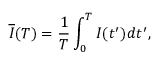
\overline { { I } } ( T ) = \frac { 1 } { T } \int _ { 0 } ^ { T } I ( t ^ { \prime } ) d t ^ { \prime } ,